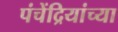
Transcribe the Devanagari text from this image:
पंचेंद्रियांच्या